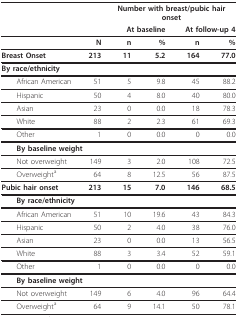
|  |  | <COLSPAN=4> Number with breast/pubic hair onset |
 |  |  | <COLSPAN=2> At baseline | <COLSPAN=2> At follow-up 4 |
 | --- | --- | --- | --- | --- | --- |
 |  | N | n | % | n | % |
 | Breast Onset | 213 | 11 | 5.2 | 164 | 77.0 |
 | By race/ethnicity |  |  |  |  |  |
 | African American | 51 | 5 | 9.8 | 45 | 88.2 |
 | Hispanic | 50 | 4 | 8.0 | 40 | 80.0 |
 | Asian | 23 | 0 | 0.0 | 18 | 78.3 |
 | White | 88 | 2 | 2.3 | 61 | 69.3 |
 | Other | 1 | 0 | 0.0 | 0 | 0.0 |
 | By baseline weight |  |  |  |  |  |
 | Not overweight | 149 | 3 | 2.0 | 108 | 72.5 |
 | Overweighta | 64 | 8 | 12.5 | 56 | 87.5 |
 | Pubic hair onset | 213 | 15 | 7.0 | 146 | 68.5 |
 | By race/ethnicity |  |  |  |  |  |
 | African American | 51 | 10 | 19.6 | 43 | 84.3 |
 | Hispanic | 50 | 2 | 4.0 | 38 | 76.0 |
 | Asian | 23 | 0 | 0.0 | 13 | 56.5 |
 | White | 88 | 3 | 3.4 | 52 | 59.1 |
 | Other | 1 | 0 | 0.0 | 0 | 0.0 |
 | By baseline weight |  |  |  |  |  |
 | Not overweight | 149 | 6 | 4.0 | 96 | 64.4 |
 | Overweighta | 64 | 9 | 14.1 | 50 | 78.1 |